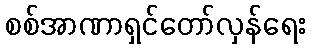
စစ်အာဏာရှင်တော်လှန်ရေး